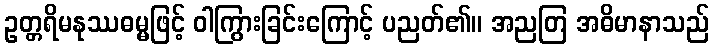
ဥတ္တရိမနုဿဓမ္မဖြင့် ဝါကြွားခြင်းကြောင့် ပညတ်၏။ အညတြ အဓိမာနာသည်